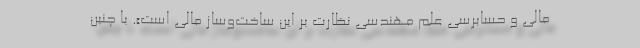
مالی و حسابرسی علم مهندسی نظارت بر این ساخت‌وساز مالی است». با چنین